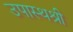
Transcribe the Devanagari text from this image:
उपास्थश्री